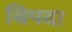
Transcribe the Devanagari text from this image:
बिपदा